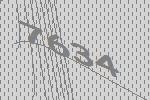
7634